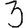
Digit: 3